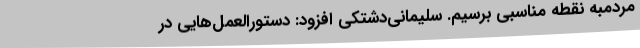
مردمبه نقطه مناسبی برسیم. سلیمانی‌دشتکی افزود: دستورالعمل‌هایی در